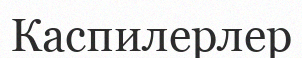
Каспилерлер